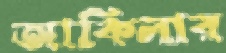
আকিলার